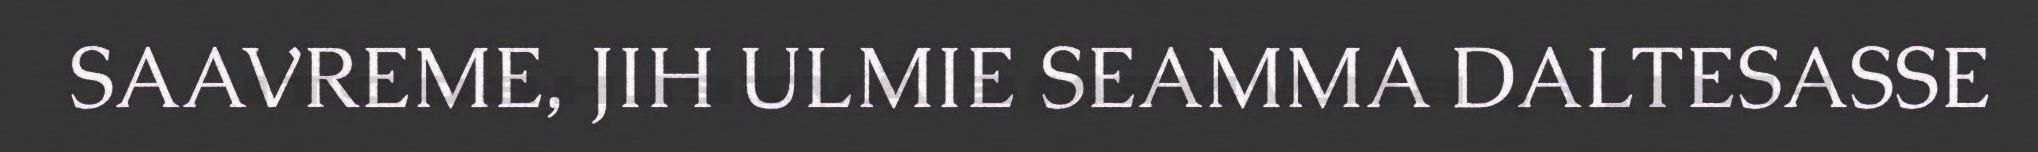
SAAVREME, JIH ULMIE SEAMMA DALTESASSE